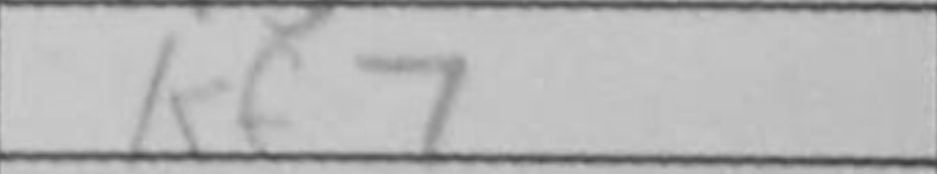
Transcription: Kf7